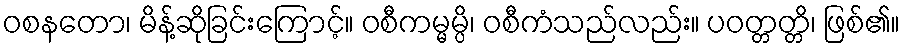
ဝစနတော၊ မိန့်ဆိုခြင်းကြောင့်။ ဝစီကမ္မမ္ပိ၊ ဝစီကံသည်လည်း။ ပဝတ္တတ္တိ၊ ဖြစ်၏။